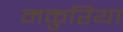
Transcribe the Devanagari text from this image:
मकुरिया